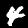
Label: 4